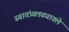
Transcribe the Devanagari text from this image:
स्वातंत्र्यलढ्यातले